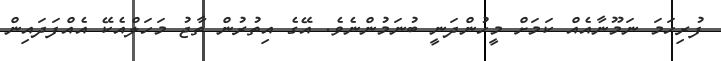
ފުރިހަމަ ނަމޫނާއެއް ކަމަށް މީހުންދަނީ ބުނަމުންނެވެ. އޭގެ އިތުރުން ތާޖު މަހަލްއެކޭ އެއްފަދައިން